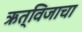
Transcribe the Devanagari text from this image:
ऋत्विजाचा